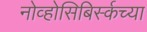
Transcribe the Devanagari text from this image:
नोव्होसिबिर्स्कच्या